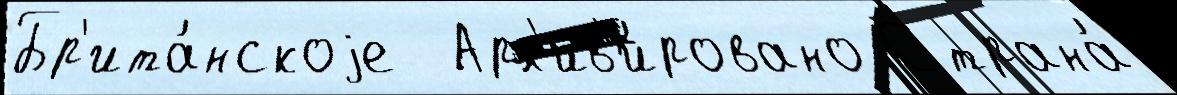
Бр'ита́нскоjе  Арх'ив'и́ровано Страна́